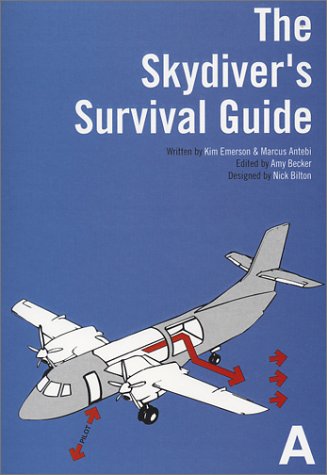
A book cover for The Skydiver's Survival Guide; Kim Emerson; Sports & Outdoors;